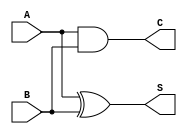
module current_mode_half_adder (
    input wire A,    // Current input A
    input wire B,    // Current input B
    output wire S,   // Sum output
    output wire C    // Carry output
);

// Internal wire to determine the logic
wire A_and_B;  // AND result of A and B
wire A_xor_B;  // XOR result of A and B

// Implementing the Carry output (C) using AND gate
assign C = A & B;

// Implementing the Sum output (S) using XOR gate
assign S = A ^ B;

endmodule